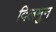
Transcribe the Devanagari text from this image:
दिलमुन